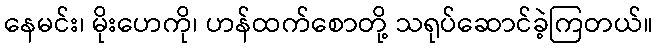
နေမင်း၊ မိုးဟေကို၊ ဟန်ထက်စောတို့ သရုပ်ဆောင်ခဲ့ကြတယ်။